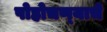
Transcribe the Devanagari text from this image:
पोहोचण्‍याचे